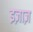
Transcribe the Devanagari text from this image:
इज़ाज़